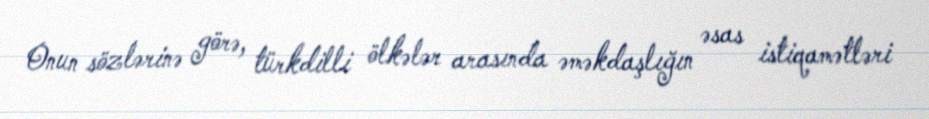
Onun sözlərinə görə, türkdilli ölkələr arasında əməkdaşlığın əsas istiqamətləri